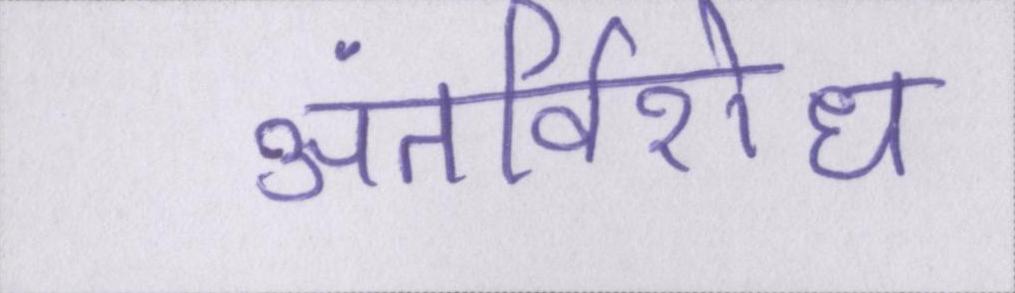
अंतर्विरोध